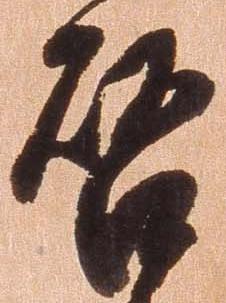
啓